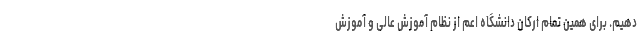
دهیم. برای همین تمام ارکان دانشگاه اعم از نظام آموزش عالی و آموزش